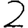
Digit: 2